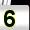
Digit: 5